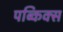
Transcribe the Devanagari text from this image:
पब्किक्स